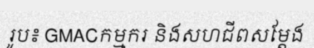
រូប៖ GMACកម្មករ និងសហជីពសម្តែង